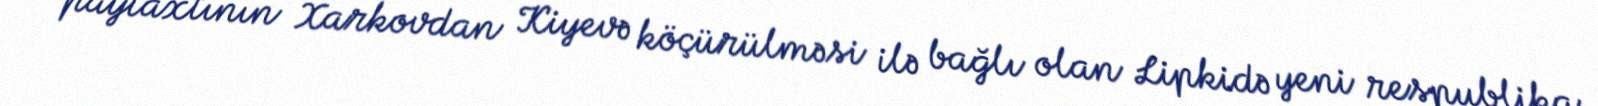
paytaxtının Xarkovdan Kiyevə köçürülməsi ilə bağlı olan Lipkidə yeni respublika